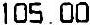
105.00